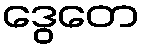
ဒွေတေ